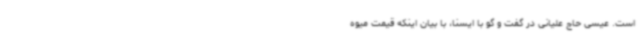
است. عیسی حاج علیانی در گفت و گو با ایسنا، با بیان اینکه قیمت میوه